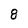
Character: 8